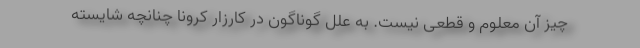
چیز آن معلوم و قطعی نیست. به علل گوناگون در کارزار کرونا چنانچه شایسته